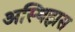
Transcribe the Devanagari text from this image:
अस्थिह्रास